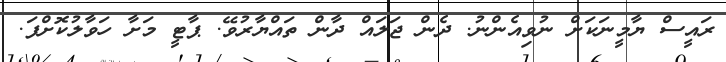
ރައީސް ޔާމީނަކަށް ނުވިއެންނު. ދެން ޖަލައް ދާން ތައްޔާރުވޭ. ޕާޓީ މަށާ ހަވާލުކޮށްފަ.